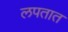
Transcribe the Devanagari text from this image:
लपतात